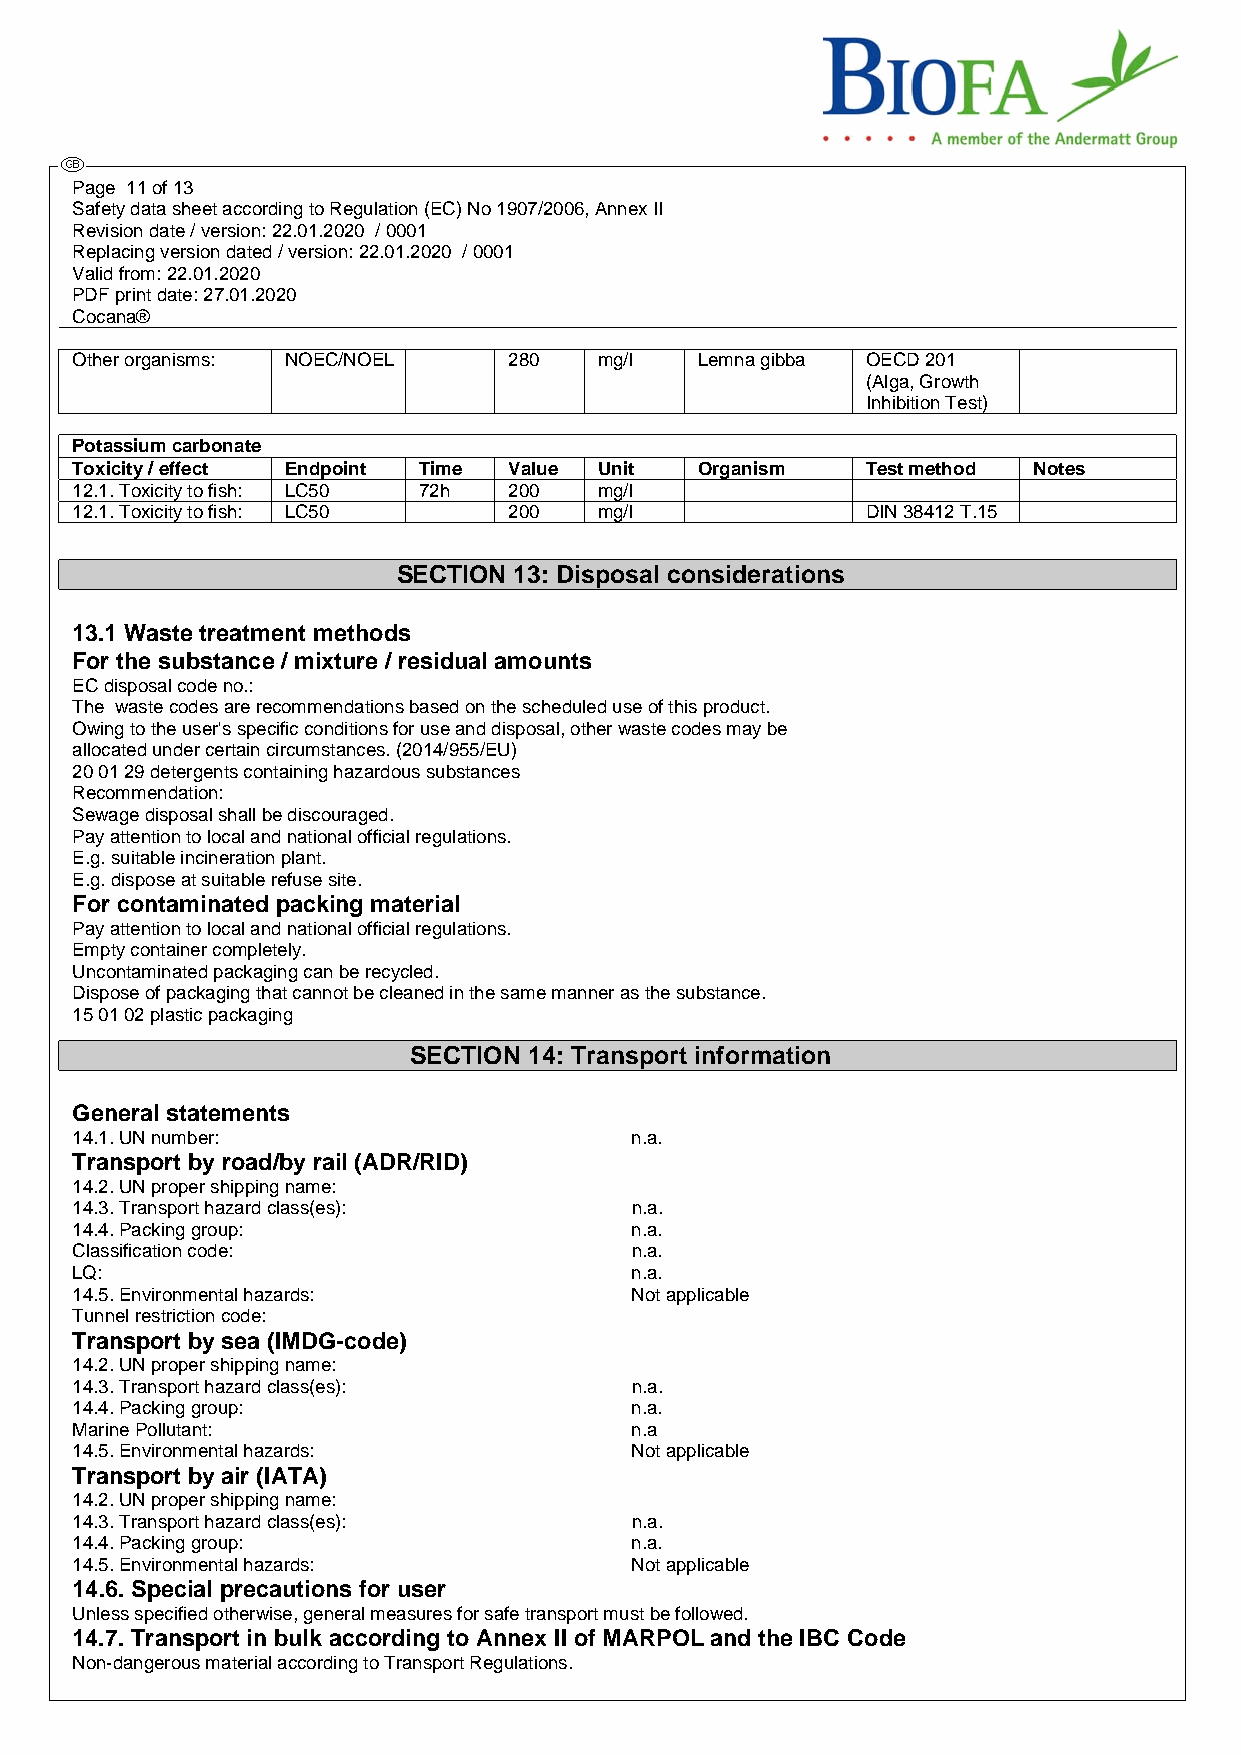
Page 11 of 13
 Safety data sheet according to Regulation (EC) No 1907/2006, Annex II
 Revision date / version: 22.01.2020 / 0001
 Replacing version dated / version: 22.01.2020 / 0001
 Valid from: 22.01.2020
 PDF print date: 27.01.2020
 Cocana®
 Other organisms: NOEC/NOEL   280   mg/l  Lemna gibba OECD 201
 (Alga, Growth
 Inhibition Test)
 Potassium carbonate
 Toxicity / effect Endpoint Time Value Unit Organism Test method Notes
 12.1. Toxicity to fish: LC50 72h 200 mg/l
 12.1. Toxicity to fish: LC50 200   mg/l             DIN 38412 T.15
 SECTION 13: Disposal considerations
 13.1 Waste treatment methods
 For the substance / mixture / residual amounts
 EC disposal code no.:
 The waste codes are recommendations based on the scheduled use of this product.
 Owing to the user's specific conditions for use and disposal, other waste codes may be
 allocated under certain circumstances. (2014/955/EU)
 20 01 29 detergents containing hazardous substances
 Recommendation:
 Sewage disposal shall be discouraged.
 Pay attention to local and national official regulations.
 E.g. suitable incineration plant.
 E.g. dispose at suitable refuse site.
 For contaminated packing material
 Pay attention to local and national official regulations.
 Empty container completely.
 Uncontaminated packaging can be recycled.
 Dispose of packaging that cannot be cleaned in the same manner as the substance.
 15 01 02 plastic packaging
 SECTION 14: Transport information
 General statements
 14.1. UN number:                     n.a.
 Transport by road/by rail (ADR/RID)
 14.2. UN proper shipping name:
 14.3. Transport hazard class(es):    n.a.
 14.4. Packing group:                 n.a.
 Classification code:                 n.a.
 LQ:                                  n.a.
 14.5. Environmental hazards:         Not applicable
 Tunnel restriction code:
 Transport by sea (IMDG-code)
 14.2. UN proper shipping name:
 14.3. Transport hazard class(es):    n.a.
 14.4. Packing group:                 n.a.
 Marine Pollutant:                    n.a
 14.5. Environmental hazards:         Not applicable
 Transport by air (IATA)
 14.2. UN proper shipping name:
 14.3. Transport hazard class(es):    n.a.
 14.4. Packing group:                 n.a.
 14.5. Environmental hazards:         Not applicable
 14.6. Special precautions for user
 Unless specified otherwise, general measures for safe transport must be followed.
 14.7. Transport in bulk according to Annex II of MARPOL and the IBC Code
 Non-dangerous material according to Transport Regulations.